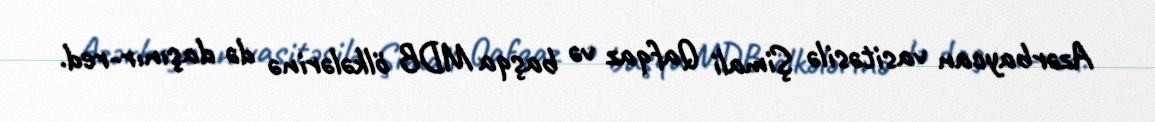
Azərbaycan vasitəsilə Şimali Qafqaz və başqa MDB ölkələrinə də daşınır-red.